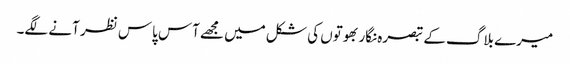
میرے بلاگ کے تبصرہ نگار بھوتوں کی شکل میں مجھے آس پاس نظر آنے لگے۔